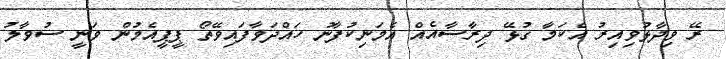
ރޭ ވިދާޅުވިއިރު އެކަމާ ގުޅޭ ދިރާސާއެއް އެމަނިކުފާނު ހައްދަވާފައިވޭތޯ ޕީޕީއެމުން ވަނީ ސުވާލު